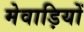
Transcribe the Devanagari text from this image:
मेवाड़ियों